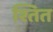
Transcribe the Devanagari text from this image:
श्तित